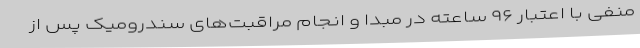
منفی با اعتبار ۹۶ ساعته در مبدا و انجام مراقبت‌های سندرومیک پس از